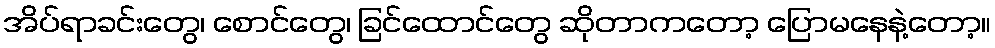
အိပ်ရာခင်းတွေ၊ စောင်တွေ၊ ခြင်ထောင်တွေ ဆိုတာကတော့ ပြောမနေနဲ့တော့။